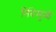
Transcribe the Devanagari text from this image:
निंदेमुळे